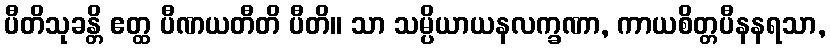
ပီတိသုခန္တိ ဧတ္ထ ပီဏယတီတိ ပီတိ။ သာ သမ္ပိယာယနလက္ခဏာ, ကာယစိတ္တပီနနရသာ,